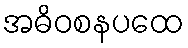
အဓိဝစနပထေ